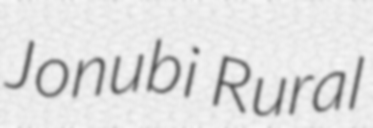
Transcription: Jonubi Rural